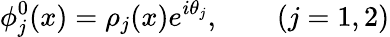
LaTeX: \phi_{j}^{0}(x)=\rho_{j}(x){e}^{i\theta_{j}},\qquad(j=1,2)